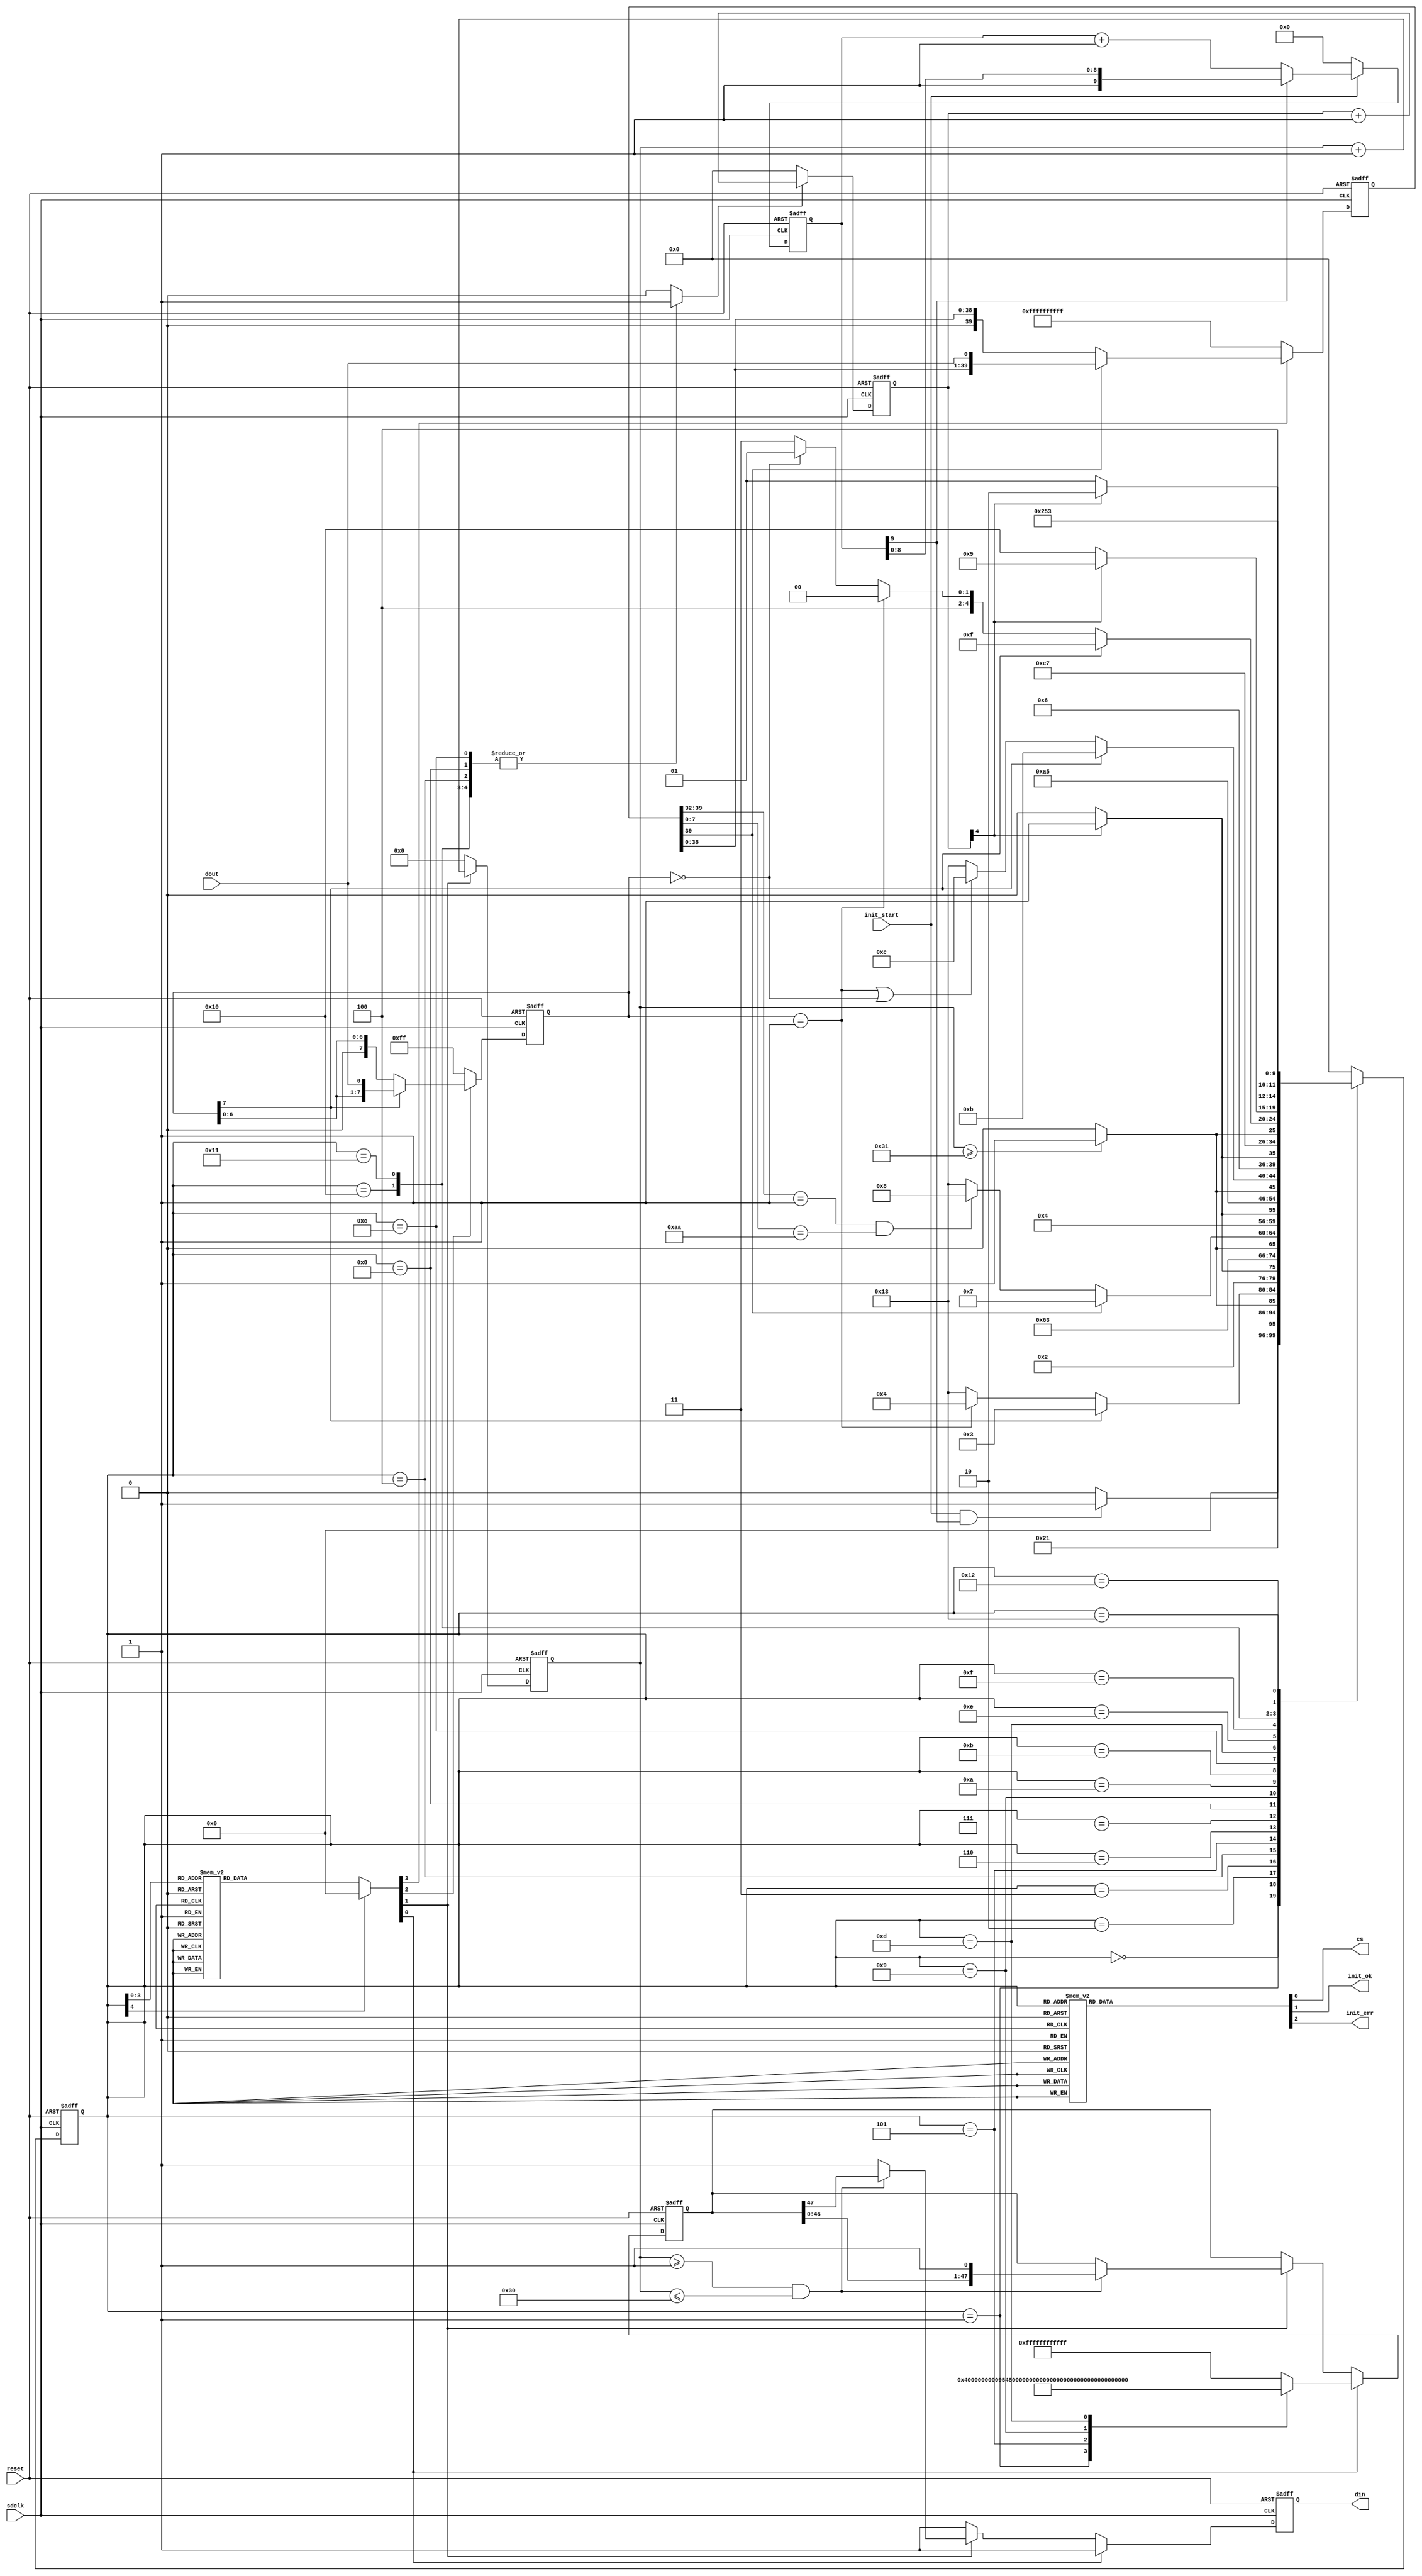
`timescale 1ns / 1ps
module SD_Init
(
    sdclk,
    reset,
    init_start,
    dout,
    cs,
    din,
    init_ok,
    init_err
);

    input sdclk;
    input reset;
    input init_start;
    input dout;

    output reg cs;
    output reg din;
    output reg init_ok;
    output reg init_err;

	//SD
	parameter CMD0 = 48'h40_00_00_00_00_95;
	parameter CMD0_RSPS = 8'h01; //RSPS for ReSPonSe

	parameter CMD8 = 48'h48_00_00_01_AA_87;
	parameter CMD8_HEAD = 8'h01;
	parameter CMD8_TAIL = 8'hAA;

	parameter CMD55 = 48'h77_00_00_00_00_65;
	parameter CMD55_WAIT_RSPS = 8'h01;
	parameter CMD55_OK_RSPS = 8'h00;

	parameter ACMD41 = 48'h69_40_00_00_00_77;
	parameter ACMD41_AGAIN_RSPS = 8'h01;
	parameter ACMD41_OK_RSPS = 8'h00;

	parameter INIT_CMD = 48'hFF_FF_FF_FF_FF_FF;


	reg [9:0]await_cnt = 10'b0;

	always @(posedge sdclk or posedge reset) begin
		if(reset) begin
			await_cnt <= 10'b0;
		end 
		else begin
			//start
			if(init_start) begin
				if(await_cnt[9]) begin
					await_cnt <= await_cnt;
				end 
				else begin
					await_cnt <= await_cnt + 1'b1;
				end
			end 
			else begin
				await_cnt <= 10'b0;
			end
		end
	end

	reg [47:0]cmd_to_send = INIT_CMD; // 
	reg [47:0]cmd_reg = INIT_CMD;
	reg cmd_update = 1'b0;  // 
	reg cmd_send_ena = 1'b0;  // 
	reg [5:0]cmd_cnt = 6'b0;

	always @(negedge sdclk or posedge reset) begin
		if(reset) begin
			cmd_cnt <= 6'b0;
		end 
		else begin
			//
			if(cmd_send_ena) begin
				cmd_cnt <= cmd_cnt + 1'b1;
			end 
			//
			else begin
				cmd_cnt <= 6'b0;
			end
		end
	end
	
	//
	always @(negedge sdclk or posedge reset) begin
		if(reset) begin
			cmd_reg <= INIT_CMD;
			din <= 1'b1;
		end 
		else begin
			if(cmd_update) begin
				cmd_reg <= cmd_to_send;
				din <= 1'b1;
			end 
			else begin
				if(cmd_send_ena) begin
					if(cmd_cnt >= 6'd1 && cmd_cnt <= 6'd48) begin
						cmd_reg <= {cmd_reg[46:0], 1'b1};
						din <= cmd_reg[47];
					end 
					else begin
						cmd_reg <= cmd_reg;
						din <= 1'b1;
					end
				end 
				else begin
					cmd_reg <= cmd_reg;
					din <= 1'b1;
				end
			end
		end
	end

	// reg [7:0]rsps_buf = 8'b0;
	// reg rsps_start = 1'b0;
	// reg [3:0]rsps_cnt = 4'b0;
	reg [7:0]rsps_reg = 8'hFF;
	reg rsps_read_ena = 1'b0; // 

	always @(negedge sdclk or posedge reset) begin
		if(reset) begin
			rsps_reg <= 8'hFF;
		end 
		else begin
			if(rsps_read_ena) begin
				if(rsps_reg[7]) begin
					rsps_reg <= {rsps_reg[6:0], dout};
				end 
				else begin
					rsps_reg <= rsps_reg; //  0 
				end
			end 
			else begin
				rsps_reg <= 8'hFF;
			end
		end
	end

	reg [39:0]cmd8_rsps_reg = 40'hFF_FF_FF_FF_FF;
	reg cmd8_rsps_read_ena = 1'b0; // 

	always @(negedge sdclk or posedge reset) begin
		if(reset) begin
			cmd8_rsps_reg <= 40'hFF_FF_FF_FF_FF;
		end 
		else begin
			if(cmd8_rsps_read_ena) begin
				if(cmd8_rsps_reg[39]) begin
					cmd8_rsps_reg <= {cmd8_rsps_reg[38:0], dout};
				end 
				else begin
					cmd8_rsps_reg <= cmd8_rsps_reg; //  0 
				end
			end 
			else begin
				cmd8_rsps_reg <= 40'hFF_FF_FF_FF_FF;
			end
		end
	end

	reg [4:0]empty_clk_cnt = 5'b0;
	reg empty_clk_ena = 1'b0; // 

	always @(posedge sdclk or posedge reset) begin
		if(reset) begin
			empty_clk_cnt <= 5'b0;
		end 
		else begin
			if(empty_clk_ena) begin
				empty_clk_cnt <= empty_clk_cnt + 1'b1;
			end 
			else begin
				empty_clk_cnt <= 5'b0;
			end
		end
	end


	// all states
	parameter AWAIT = 5'd0;
	parameter CMD0_PRE = 5'd1;
	parameter CMD0_SEND = 5'd2;
	parameter CMD0_RCV = 5'd3;
	parameter CMD0_PAUSE = 5'd4;
	parameter CMD8_PRE = 5'd5;
    parameter CMD8_SEND = 5'd6;
    parameter CMD8_RCV = 5'd7;
    parameter CMD8_PAUSE = 5'd8;
	parameter CMD55_PRE = 5'd9;
	parameter CMD55_SEND = 5'd10;
	parameter CMD55_RCV = 5'd11;
	parameter CMD55_PAUSE = 5'd12;
	parameter ACMD41_PRE = 5'd13;
	parameter ACMD41_SEND = 5'd14;
	parameter ACMD41_RCV = 5'd15;
	parameter ACMD41_AGAIN_PAUSE = 5'd16;
	parameter ACMD41_SUCCESS_PAUSE = 5'd17;
	parameter SUCCESS = 5'd18;
	parameter ERROR = 5'd19;

	reg [4:0]current_state = AWAIT;
	reg [4:0]next_state = AWAIT;

	//
	always @(posedge sdclk or posedge reset) begin
		if(reset) begin
			current_state <= AWAIT;
		end 
		else begin
			current_state <= next_state;
		end
	end

	//
	always @(*) begin
		case(current_state)
			AWAIT: begin
				//
				if(init_start && await_cnt[9]) begin
					next_state = CMD0_PRE;
				end 
				else begin
					next_state = AWAIT;
				end
			end
			CMD0_PRE: begin
				next_state = CMD0_SEND;
			end
			CMD0_SEND: begin
				if(cmd_cnt >= 6'd49) begin
					next_state = CMD0_RCV;
				end 
				//48
				else begin
					next_state = CMD0_SEND;
				end
			end
			CMD0_RCV: begin
				if(rsps_reg[7] == 1'b0) begin
					if(rsps_reg == CMD0_RSPS) begin
						next_state = CMD0_PAUSE;
					end 
					else begin
						next_state = ERROR;
					end
				end 
				else begin
					next_state = CMD0_RCV;
				end
			end
			CMD0_PAUSE: begin
				if(empty_clk_cnt[4]) begin
					next_state = CMD8_PRE;
				end 
				else begin
					next_state = CMD0_PAUSE;
				end
			end
			CMD8_PRE: begin
				next_state = CMD8_SEND;
			end
			CMD8_SEND: begin
				if(cmd_cnt >= 6'd49) begin
					next_state = CMD8_RCV;
				end 
				else begin
					next_state = CMD8_SEND;
				end
			end
			CMD8_RCV: begin
				if(cmd8_rsps_reg[39] == 1'b0) begin
					if(cmd8_rsps_reg[39:32] == CMD8_HEAD && cmd8_rsps_reg[7:0] == CMD8_TAIL) begin
						next_state = CMD8_PAUSE;
					end 
					else begin
						next_state = ERROR;
					end
				end 
				else begin
					next_state = CMD8_RCV;
				end
			end
			CMD8_PAUSE: begin
				if(empty_clk_cnt[4]) begin
					next_state = CMD55_PRE;
				end 
				else begin
					next_state = CMD8_PAUSE;
				end
			end
			CMD55_PRE: begin
				next_state = CMD55_SEND;
			end
			CMD55_SEND: begin
				if(cmd_cnt >= 6'd49) begin
					next_state = CMD55_RCV;
				end 
				else begin
					next_state = CMD55_SEND;
				end
			end
			CMD55_RCV: begin
				if(rsps_reg[7] == 1'b0) begin
					if(rsps_reg == CMD55_WAIT_RSPS || rsps_reg == CMD55_OK_RSPS) begin
						next_state = CMD55_PAUSE;
					end 
					else begin
						next_state = ERROR;
					end
				end 
				else begin
					next_state = CMD55_RCV;
				end
			end
			CMD55_PAUSE: begin
				if(empty_clk_cnt[4]) begin
					next_state = ACMD41_PRE;
				end 
				else begin
					next_state = CMD55_PAUSE;
				end
			end
			ACMD41_PRE: begin
				next_state = ACMD41_SEND;
			end
			ACMD41_SEND: begin
				if(cmd_cnt >= 6'd49) begin
					next_state = ACMD41_RCV;
				end 
				else begin
					next_state = ACMD41_SEND;
				end
			end
			ACMD41_RCV: begin
				if(rsps_reg[7] == 1'b0) begin
					if(rsps_reg == ACMD41_AGAIN_RSPS) begin
						next_state = ACMD41_AGAIN_PAUSE;
					end 
					else if(rsps_reg == ACMD41_OK_RSPS) begin 
						next_state = ACMD41_SUCCESS_PAUSE;
					end 
					else begin
						next_state = ERROR;
					end
				end else begin
					next_state = ACMD41_RCV;
				end
			end
			ACMD41_AGAIN_PAUSE: begin
				if(empty_clk_cnt[4]) begin
					next_state = CMD55_PRE;
				end 
				else begin
					next_state = ACMD41_AGAIN_PAUSE;
				end
			end
			ACMD41_SUCCESS_PAUSE: begin
				if(empty_clk_cnt[4]) begin
					next_state = SUCCESS;
				end 
				else begin
					next_state = ACMD41_SUCCESS_PAUSE;
				end
			end
			SUCCESS: begin
				next_state = SUCCESS;
			end
			ERROR: begin
				next_state = ERROR;
			end
			default: begin
				next_state = AWAIT;
			end
		endcase
	end

	//
	always @(*) begin
		case(current_state)
			CMD0_PRE: begin
				cmd_to_send = CMD0;
			end
			CMD8_PRE: begin
				cmd_to_send = CMD8;
			end
			CMD55_PRE: begin
				cmd_to_send = CMD55;
			end
			ACMD41_PRE: begin
				cmd_to_send = ACMD41;
			end
			default: begin
				cmd_to_send = INIT_CMD;
			end
		endcase
	end

	// reg cmd_update = 1'b0;  // 
	// reg cmd_send_ena = 1'b0;  // 
	// reg rsps_read_ena = 1'b0; // 
	always @(*) begin
		case(current_state)
			CMD0_PRE: begin
				cmd_update = 1'b1;
				cmd_send_ena = 1'b0;
				rsps_read_ena = 1'b0;
				cmd8_rsps_read_ena = 1'b0;
			end
			CMD0_SEND: begin
				cmd_update = 1'b0;
				cmd_send_ena = 1'b1;
				rsps_read_ena = 1'b0;
				cmd8_rsps_read_ena = 1'b0;
			end
			CMD0_RCV: begin
				cmd_update = 1'b0;
				cmd_send_ena = 1'b0;
				rsps_read_ena = 1'b1;
				cmd8_rsps_read_ena = 1'b0;
			end
			CMD8_PRE: begin
				cmd_update = 1'b1;
				cmd_send_ena = 1'b0;
				rsps_read_ena = 1'b0;
				cmd8_rsps_read_ena = 1'b0;
			end
			CMD8_SEND: begin
				cmd_update = 1'b0;
				cmd_send_ena = 1'b1;
				rsps_read_ena = 1'b0;
				cmd8_rsps_read_ena = 1'b0;
			end
			CMD8_RCV: begin
				cmd_update = 1'b0;
				cmd_send_ena = 1'b0;
				rsps_read_ena = 1'b0;
				cmd8_rsps_read_ena = 1'b1;
			end
			CMD55_PRE: begin
				cmd_update = 1'b1;
				cmd_send_ena = 1'b0;
				rsps_read_ena = 1'b0;
				cmd8_rsps_read_ena = 1'b0;
			end
			CMD55_SEND: begin
				cmd_update = 1'b0;
				cmd_send_ena = 1'b1;
				rsps_read_ena = 1'b0;
				cmd8_rsps_read_ena = 1'b0;
			end
			CMD55_RCV: begin
				cmd_update = 1'b0;
				cmd_send_ena = 1'b0;
				rsps_read_ena = 1'b1;
				cmd8_rsps_read_ena = 1'b0;
			end
			ACMD41_PRE: begin
				cmd_update = 1'b1;
				cmd_send_ena = 1'b0;
				rsps_read_ena = 1'b0;
				cmd8_rsps_read_ena = 1'b0;
			end
			ACMD41_SEND: begin
				cmd_update = 1'b0;
				cmd_send_ena = 1'b1;
				rsps_read_ena = 1'b0;
				cmd8_rsps_read_ena = 1'b0;
			end
			ACMD41_RCV: begin
				cmd_update = 1'b0;
				cmd_send_ena = 1'b0;
				rsps_read_ena = 1'b1;
				cmd8_rsps_read_ena = 1'b0;
			end
			default: begin
				cmd_update = 1'b0;
				cmd_send_ena = 1'b0;
				rsps_read_ena = 1'b0;
				cmd8_rsps_read_ena = 1'b0;
			end
		endcase
	end


	// reg empty_clk_ena = 1'b0; // 
	always @(*) begin
		case(current_state)
			CMD0_PAUSE: begin
				empty_clk_ena = 1'b1;
			end
			CMD8_PAUSE: begin
				empty_clk_ena = 1'b1;
			end
			CMD55_PAUSE: begin
				empty_clk_ena = 1'b1;
			end
			ACMD41_AGAIN_PAUSE: begin
				empty_clk_ena = 1'b1;
			end
			ACMD41_SUCCESS_PAUSE: begin
				empty_clk_ena = 1'b1;
			end
			default: begin
				empty_clk_ena = 1'b0;
			end
		endcase
	end

	// output reg cs = 1'b1,
	// output reg init_ok = 1'b0,
	// output reg init_err = 1'b0
	always @(*) begin
		case(current_state)
//		    AWAIT: begin
//				cs = 1'b0;
//                init_ok = 1'b0;
//                init_err = 1'b0;		    
//		    end
			CMD0_PRE: begin
				cs = 1'b0;
				init_ok = 1'b0;
				init_err = 1'b0;
			end
			CMD0_SEND: begin
				cs = 1'b0;
				init_ok = 1'b0;
				init_err = 1'b0;
			end
			CMD0_RCV: begin
				cs = 1'b0;
				init_ok = 1'b0;
				init_err = 1'b0;
			end
			CMD8_PRE: begin
				cs = 1'b0;
				init_ok = 1'b0;
				init_err = 1'b0;
			end
			CMD8_SEND: begin
				cs = 1'b0;
				init_ok = 1'b0;
				init_err = 1'b0;
			end
			CMD8_RCV: begin
				cs = 1'b0;
				init_ok = 1'b0;
				init_err = 1'b0;
			end
			CMD55_PRE: begin
				cs = 1'b0;
				init_ok = 1'b0;
				init_err = 1'b0;
			end
			CMD55_SEND: begin
				cs = 1'b0;
				init_ok = 1'b0;
				init_err = 1'b0;
			end
			CMD55_RCV: begin
				cs = 1'b0;
				init_ok = 1'b0;
				init_err = 1'b0;
			end
			ACMD41_PRE: begin
				cs = 1'b0;
				init_ok = 1'b0;
				init_err = 1'b0;
			end
			ACMD41_SEND: begin
				cs = 1'b0;
				init_ok = 1'b0;
				init_err = 1'b0;
			end
			ACMD41_RCV: begin
				cs = 1'b0;
				init_ok = 1'b0;
				init_err = 1'b0;
			end
			ERROR: begin
				cs = 1'b1;
				init_ok = 1'b0;
				init_err = 1'b1;
			end
			SUCCESS: begin
				cs = 1'b1;
				init_ok = 1'b1;
				init_err = 1'b0;
			end
			default: begin
				cs = 1'b1;
				init_ok = 1'b0;
				init_err = 1'b0;
			end
		endcase
	end
endmodule